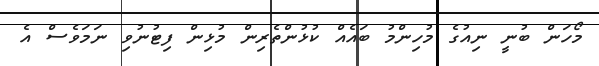
މޯހަން ބުނީ ނިއުގެ މުހިންމު ބައެއް ކުޅުންތެރިން މުޅިން ފިޓުނުވި ނަމަވެސް އެ